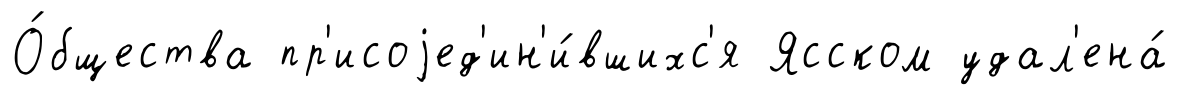
О́бщества пр'исоjед'ин'и́вшихс'я Ясском удал'ена́